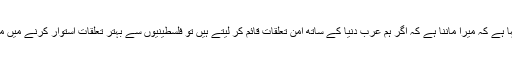
انہوں نے کہا ہے کہ میرا ماننا ہے کہ اگر ہم عرب دنیا کے ساتھ امن تعلقات قائم کر لیتے ہیں تو فلسطینیوں سے بہتر تعلقات استوار کرنے میں مدد ملے گی۔